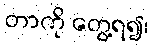
တာကို တွေ့ရ၍၊